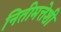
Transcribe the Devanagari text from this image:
नितीमत्तेशी